Annual report of the Punjab Veterinary College and of the Civil Veterinary Department, Punjab - 1909-1919
Year: 1909
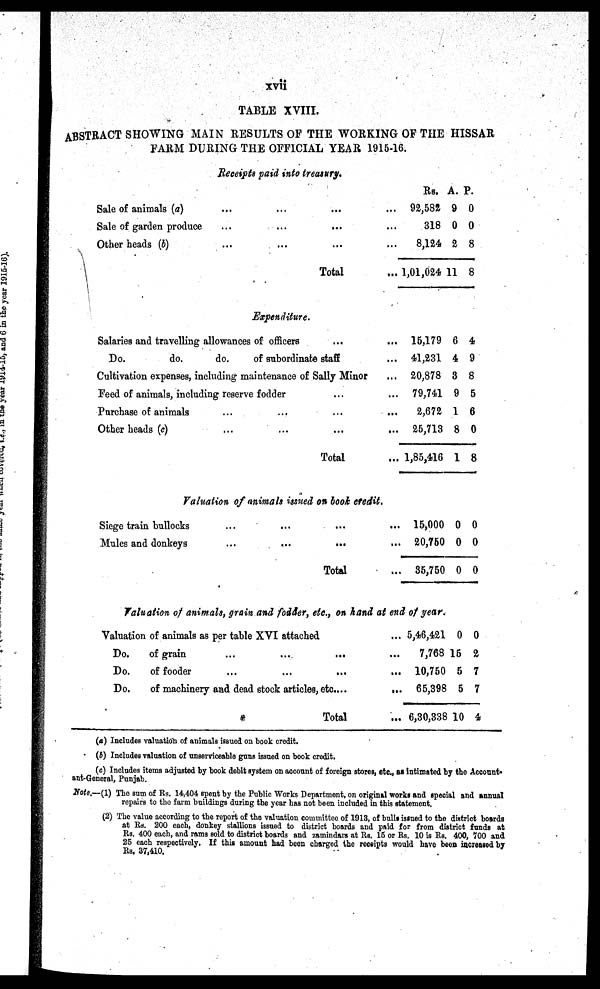
xvii
TABLE XVIII.
ABSTRACT SHOWING MAIN RESULTS OF THE WORKING OF THE HISSAR
FARM DURING THE OFFICIAL YEAR 1915-16.
Receipts paid into treasury.
Sale of animals (a) ... ... ... ...
Sale of garden produce ... ... ... ...
Other heads (b) ... ... ... ...
Total ...
Rs.
92,582
318
8,124
1,01,024
A.
9
0
2
11
P.
0
0
8
8
Expenditure.
Salaries and travelling allowances of officers ... ...
Do.
do.
do.
of subordinate staff ...
Cultivation expenses, including maintenance of Sally Minor ...
Feed of animals, including reserve fodder ... ...
Purchase of animals ... ... ... ...
Other heads (c) ... ... ... ...
Total ...
15,179
41,231
20,878
79,741
2,672
25,713
1,85,416
6
4
3
9
1
8
1
4
9
8
5
6
0
8
Valuation of animals issued on book credit.
Siege train bullocks ... ... ... ...
Mules and donkeys ... ... ... ...
Total ...
15,000
20,750
35,750
0
0
0
0
0
0
Valuation of animals, grain and fodder, etc., on hand at end of year.
Valuation of animals as per table XVI attached ...
Do.
of grain ... ... ... ...
Do.
of fooder ... ... ... ...
Do.
of machinery and dead stock articles, etc. . . . ...
Total ...
5,46,421
7,768
10,750
65,398
6,30,338
0
15
5
5
10
0
2
7
7
4
(a) Includes valuation of animals issued on book credit.
(b) Includes valuation of unserviceable guns issued on book credit.
(c) Includes items adjusted by book debit system on account of foreign stores, etc., as intimated by the Account
ant-General, Punjab.
Note.—(1) The sum of Rs. 14,404 spent by the Public Works Department, on original works and special and annual
repairs to the farm buildings during the year has not been included in this statement.
(2) The value according to the report of the valuation committee of 1913, of bulls issued to the district boards
at Rs. 200 each, donkey stallions issued to district boards and paid for from district funds at
Rs. 400 each, and rams sold to district boards and zamindars at Rs. 15 or Rs. 10 is Rs. 400, 700 and
25 each respectively. If this amount had been charged the receipts would have been increased by
Rs. 37,410.